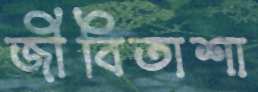
জীবিতাশা